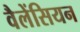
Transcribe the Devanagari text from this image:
वैलेंसियन